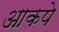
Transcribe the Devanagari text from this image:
आकपे